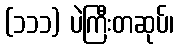
(၁၁၁) ပဲကြီးတဆုပ်၊